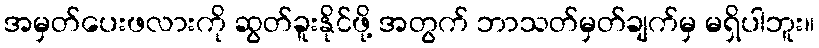
အမှတ်ပေးဖလားကို ဆွတ်ခူးနိုင်ဖို့ အတွက် ဘာသတ်မှတ်ချက်မှ မရှိပါဘူး။